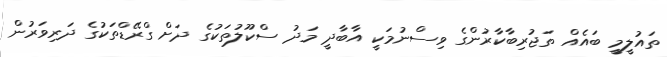
ތައުލީމީ ބައެއް ތަޖުރިބާކާރުންގެ ވިސްނުމަކީ އާބާދީ މަދު ސްކޫލުތަކުގެ ދަށް ގްރޭޑްތަކުގެ ދަރިވަރުން